Leaving Certificate Examination (including Day School Certificate (Higher) General paper), 1933
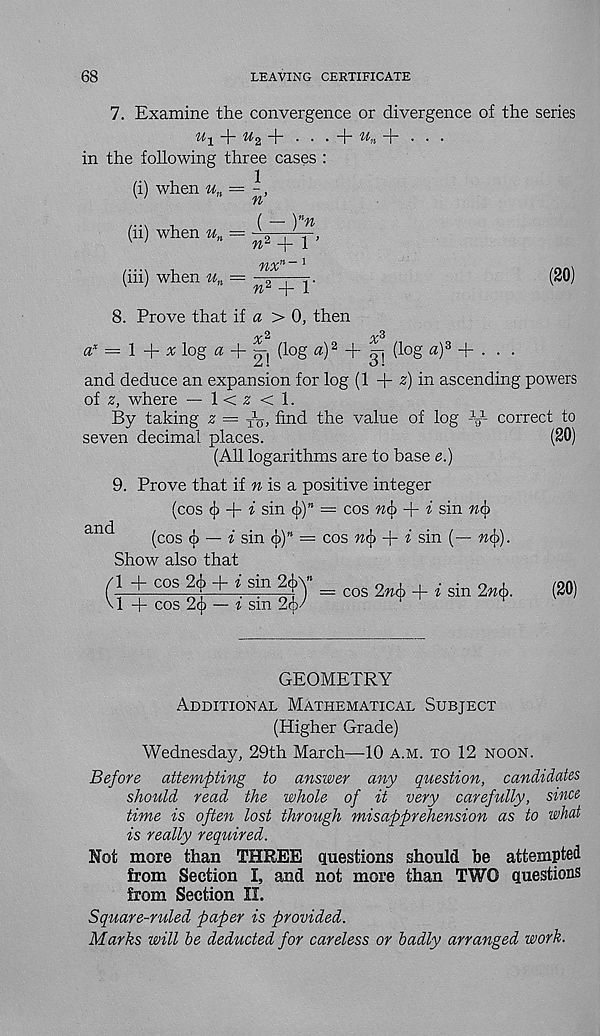
68
LEAVING CERTIFICATE
7. Examine the convergence or divergence of the series
% + ^2 + ■ • • “I -
"f* • • •
in the following three cases :
(i) when u n = l,
n
r -\
( — ) n n
(n) when u n = \
(iii) when u n
nx n
1 ’
w 2 + r
(20)
8. Prove that if a > 0, then
a x — \
x log a + I-, (log a) 2 + || (log a) 3 + . . .
and deduce an expansion for log (1 + 2) in ascending powers
of z, where — 1 < 2 < 1.
By taking z = x \y, find the value of log -V 1 - correct to
seven decimal places.
(20)
(All logarithms are to base e.)
9. Prove that if % is a positive integer
(cos <j> + * sin c|>)” = cos n§> + i sin n§
anc *
(cos cj) — « sin c|))" = cos n§ + i sin (— n§).
Show also that
1 + cos 24, + « sin 24,y = cos 2l4 + sin
1 + cos 2cj) — i sm 26/
(20)
GEOMETRY
Additional Mathematical Subject
(Higher Grade)
Wednesday, 29th March—10 a.m. to 12 noon.
Before attempting to answer any question, candidates
should read the whole of it very carefully, since
time is often lost through misapprehension as to what
is really required.
Not more than THREE questions should be attempted
from Section I, and not more than TWO questions
from Section II.
Square-ruled paper is provided.
Marks will he deducted for careless or badly arranged work.